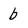
Character: b